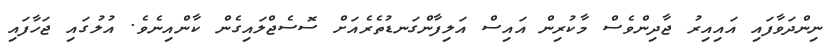
ނިންދަވާފައި އައިއިރު ޖާދިންވެސް މާކުރިން އައިސް އަލިފާންގަނޑުތެރެއަށް ސޮސެޖްލައިގެން ކާންއިނެވެ. އުލުގައި ޖަހާފައި